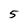
Character: 5